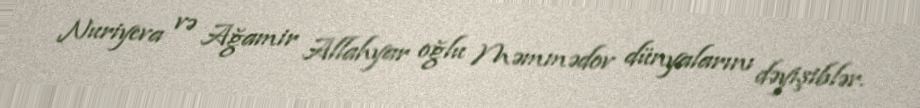
Nuriyeva və Ağamir Allahyar oğlu Məmmədov dünyalarını dəyişiblər.